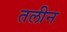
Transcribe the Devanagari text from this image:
तलीन